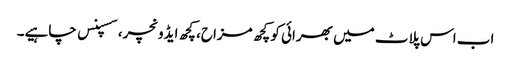
اب اس پلاٹ میں بھرائی کو کچھ مزاح، کچھ ایڈونچر، سسپنس چاہیے۔